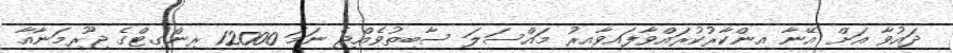
ދައުވާ އަށް އޭނާ އިންކާރުކުރައްވާފައިވާއިރު މައްސަލަ ސާބިތުވެއްޖެ ނަމަ 12000 ރިންގިޓްގެ ޖޫރިމަނާއާ